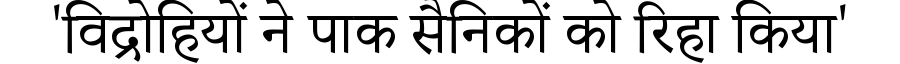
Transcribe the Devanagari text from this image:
'विद्रोहियों ने पाक सैनिकों को रिहा किया'